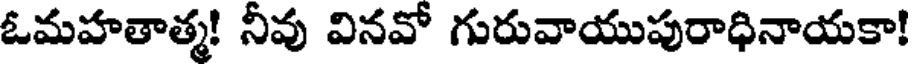
ఓమహతాత్మ! నీవు వినవో గురువాయుపురాధినాయకా!